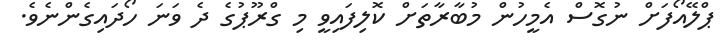
ޕްލޭއޯފަށް ނުގޮސް އެމީހުން މުބާރާތަށް ކޮލިފައިވީ މި ގްރޫޕުގެ ދެ ވަނަ ހޯދައިގެންނެވެ.